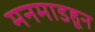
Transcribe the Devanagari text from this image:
मनमाडहून